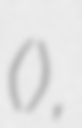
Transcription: (熊大),